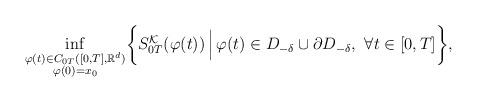
LaTeX: \begin{align*}\inf_{\substack{\varphi(t) \in C_{0T}([0,T], \mathbb{R}^d)\\ \varphi(0)=x_0}} \biggl \{ S_{0T}^{\mathcal{K}}(\varphi(t))\, \Bigl \vert \,\varphi(t) \in D_{-\delta} \cup \partial D_{-\delta}, \,\, \forall t \in [0, T] \biggr\}, \end{align*}